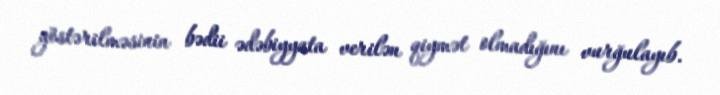
göstərilməsinin bədii ədəbiyyata verilən qiymət olmadığını vurğulayıb.